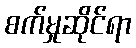
စက်မှုဆိုင်ရာ